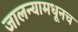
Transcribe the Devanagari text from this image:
जालन्यामधूनच